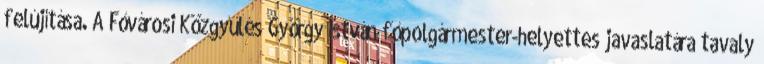
felújítása. A Fővárosi Közgyűlés György István főpolgármester-helyettes javaslatára tavaly